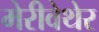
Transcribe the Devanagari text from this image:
मेरीवेथेर